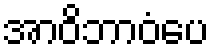
အာဝိဘာဝံပေ